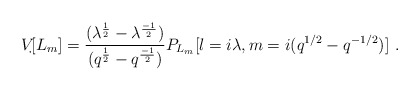
\begin{align*}V_{\begin{picture}(.4,.7)\put(0,0){\line(1,0){.3}}\put(0,.3){\line(1,0){.3}}\multiput(0,0)(.3,0){2}{\line(0,1){.3}}\end{picture}}[L_m] = {(\lambda^{1\over 2} - \lambda^{-1 \over 2}) \over (q^{1 \over 2} - q^{-1\over 2})} P_{L_m}[l = i\lambda, m = i (q^{1/2}- q^{-1/2})]~.\end{align*}